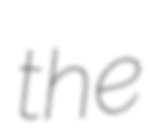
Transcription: the